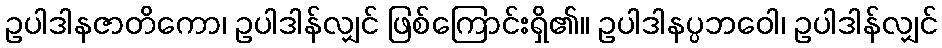
ဥပါဒါနဇာတိကော၊ ဥပါဒါန်လျှင် ဖြစ်ကြောင်းရှိ၏။ ဥပါဒါနပ္ပဘဝေါ၊ ဥပါဒါန်လျှင်